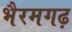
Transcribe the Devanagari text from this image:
भैरमगढ़